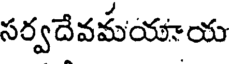
సర్వదేవమయాయ